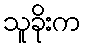
သူခိုးက